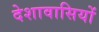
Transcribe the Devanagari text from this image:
देशावासियों